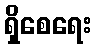
ရှိစေရေး